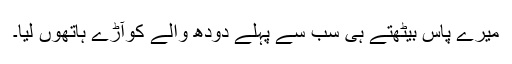
میرے پاس بیٹھتے ہی سب سے پہلے دودھ والے کوآڑے ہاتھوں لیا۔